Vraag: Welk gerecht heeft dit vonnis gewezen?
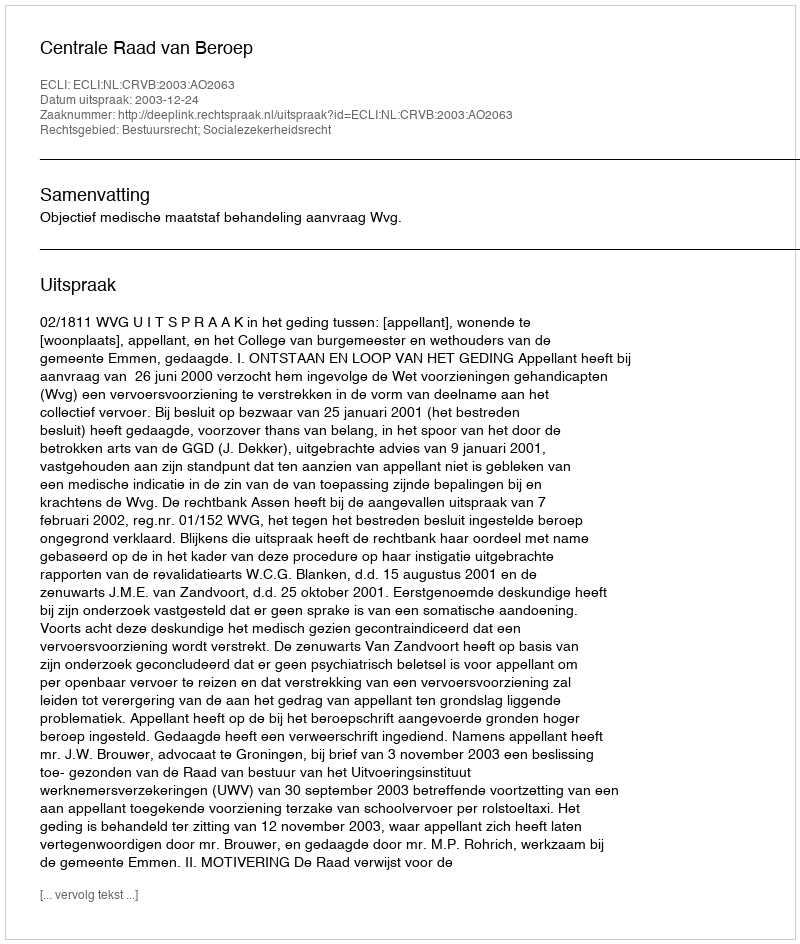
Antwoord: Centrale Raad van Beroep